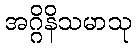
အဂ္ဂိနိသမာသု